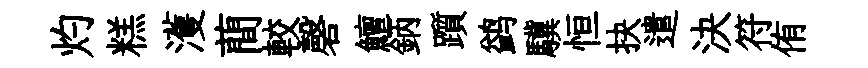
灼糕濩蕳較磬鱣鈵躓鹢驥恒抉遣決符侑